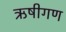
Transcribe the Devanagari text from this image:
ऋषीगण